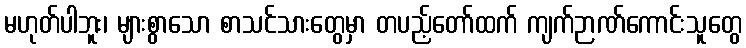
မဟုတ်ပါဘူး၊ များစွာသော စာသင်သားတွေမှာ တပည့်တော်ထက် ကျက်ဉာဏ်ကောင်းသူတွေ